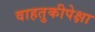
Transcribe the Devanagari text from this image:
वाहतुकीपेक्षा